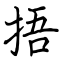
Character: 捂